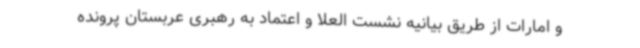
و امارات از طریق بیانیه نشست العلا و اعتماد به رهبری عربستان پرونده